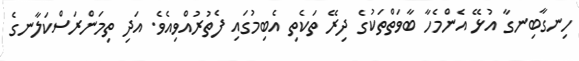
ހިނގާބިނގާ އުޅޭ އެންމެހާ ބާވަތްތަކުގެ ދިރޭ ތަކެތި އެބިމުގައި ފެތުރުއްވިއެވެ. އަދި ތިމަންރަސްކަލާނގެ